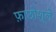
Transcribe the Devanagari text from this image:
फ़ाछोशुले